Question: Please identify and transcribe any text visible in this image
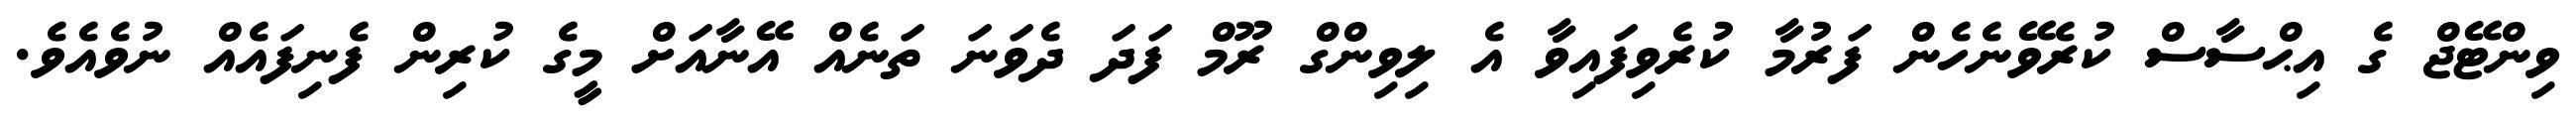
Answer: ވިންޓޭޖް ގެ އިޙްސާސް ކުރެވޭނެހެން ފަރުމާ ކުރެވިފައިވާ އެ ލިވިންގް ރޫމް ފަދަ ދެވަނަ ތަނެއް އޭނާއަށް މީގެ ކުރިން ފެނިފައެއް ނުވެއެވެ.